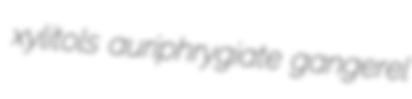
xylitols auriphrygiate gangerel